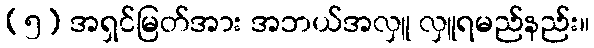
(၅) အရှင်မြတ်အား အဘယ်အလှူ လှူရမည်နည်း။